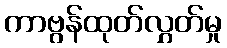
ကာဗွန်ထုတ်လွှတ်မှု